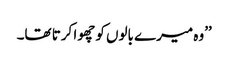
’’وہ میرے بالوں کو چھوا کرتا تھا۔